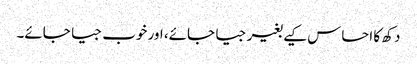
دکھ کا احساس کیے بغیر جیا جائے، اور خوب جیا جائے۔